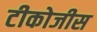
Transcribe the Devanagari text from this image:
टीकोजीस